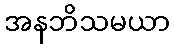
အနဘိသမယာ